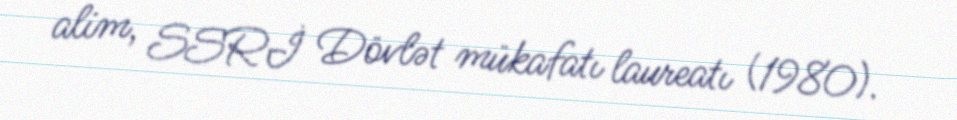
alim, SSRİ Dövlət mükafatı laureatı (1980).